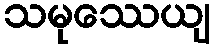
သမုဿေယျ